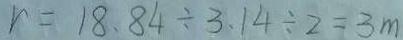
r = 1 8 . 8 4 \div 3 . 1 4 \div 2 = 3 m